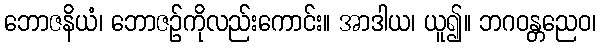
ဘောဇနိယံ၊ ဘောဇဉ်ကိုလည်းကောင်း။ အာဒါယ၊ ယူ၍။ ဘဂဝန္တညေဝ၊